King Institute of Preventive Medicine Micro-Biological Section reports 1909-11
Year: 1909
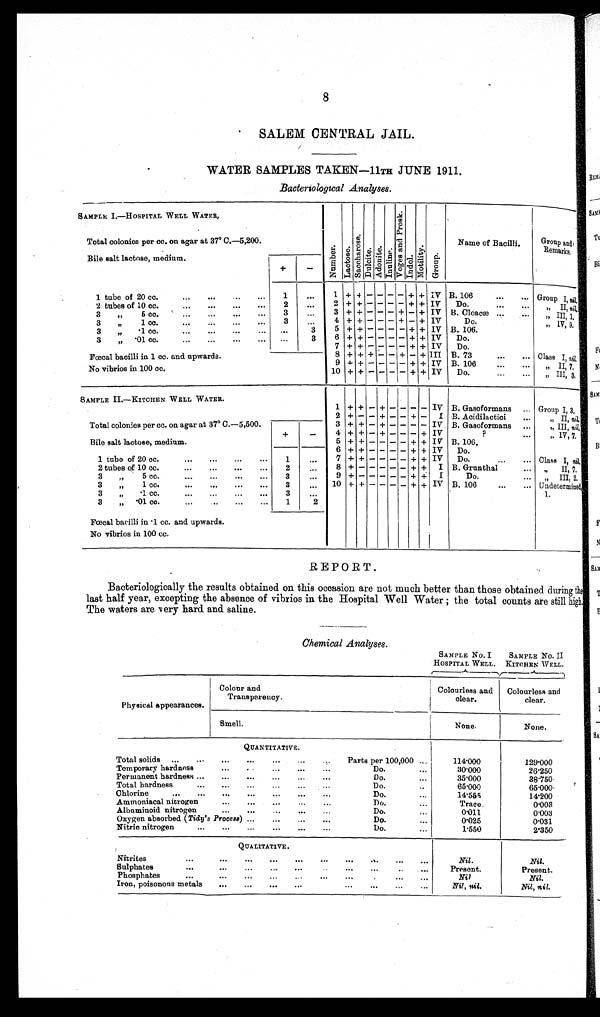
8
SALEM CENTRAL JAIL.
WATER SAMPLES TAKEN-11TH JUNE 1911.
Bacteriological Analyses.
SAMPLE I.—HOSPITAL WELL WATER,
Nu mb e r .
L a c t o s e .
S a c c h a r o s e .
Dul ci t e. Ad o n i t e . I n u l i n e .
V o g e s a n d P r o .
I ndol .
Mo t i l i t y . Gr oup.
Name of Bacilli.
Group and
Remarks.
Total colonies per cc. on agar at .7° C.—5,200.
Bile salt lactose, medium.
+
-
1 tube of 20 cc.
1
. . .
1 + + - - - - + + IV B. 106 Group I,n i l .
2 tubes of 10 cc.
2
. . .
2 + + - - - - + + IV Do. „ II, n i l .
3 „ 5 cc.
3
. . .
3 + + - - - + - + IV B . C l o a c æ
„ III, 1,
3 „ 1 c c
3
. . .
4 + + - - - + - + IV
D o .
„
I V, 9
.
3 „ .1 cc
. . .
3
5 + - - - - - - + IV B . 1 0 6 .
3 „ .01 cc.
. . .
3
6 + - - - - - -
+
IV D o .
Fœcal bacilli in 1 cc. and upwards.
7 + + - - - - + + IV D o .
8 + + + - - + - + III B. 7
Class I, nil.
9 + + - - - - + + IV B. 106
„ I I , 7 .
No vibrios in 100 cc.
10 + + - - - - + + IV Do.
„ I I I , 3 .
SAMPLE I I . —KI TCHEN WELL WATER.
1 + + - + - - - - IV B. Gasoformans Group I, 3.
2 + - - + - - + - IV B, Acidilactici
„.II, nil.
Total colonies per cc. on agar at .7° C.—5,500.
3 + + - + - - - - IV B. Gasoformans
„ III, nil.
4 + + - + - - - + IV
?
„ 1V, 7
Bile salt lactose, medium.
+
-
5 + + - - - - + + IV B . 1 0 6 .
1 tube of 20 cc.
1
. . .
6 + + - - - - + + IV D o .
7 + + - - - - + + IV Do. Class I, nil.
2 tubes of 10 cc.
2
. . . 8
+ -
- - - - + + IV B. Grunthal
„ II, 7.
3 „ 5 cc.
3 .
. . .
9
+ -
- - - - + + IV
Do.
„ I I I , 2
.
3 „ 1 c c .
3
. . .
10 + - - - - - + + IV B. 106
Undetermine
d 1.
3 „ .1 cc.
3
. . .
3 „ . 0 1 c c .
1
2
Fœcal bacilli in .1 cc. and upwards.
No vibrios in 100 cc.
REPORT
.
Ba c t e r i ol ogi c a l l y t he . r e s ul t s obt a i ne d on t hi s oc c a s i on a r e not muc h be t t e r t ha n t hos e obt a i ne d dur i ng
t h e l a s t h a l f y e a r , e x c e p t i n g t h e a b s e n c e o f v i b r i o s i n t h e H o s p i t a l W e l l W a t e r t h e t o t a l c o u n t s a r e s t i l l h i g h
The waters are very hard and saline.
Chemical Analyses.
SAMPLE NO
. I H O S P I T A L W E L L .
SAMPLE No. I
I KITCHEN WELL.
Physical appearances.
Colour and
Transparency
Colourless and
clear.
Colourless and
clear.
S m e l l .
None.
None.
QUANTITATIVE
.
Total solids
Parts per 100,000
114.000
129.000
Temporary hardness..
Do.
0. 000
26.250
Permanent hardness
Do.
5.000
8.750
Total hardness
Do
65. 000
65.000
Chlorine
Do.
14.555
14.200
Ammoniacal nitrogen
Do.
Trace.
0.003
Albuminoid nitrogen
Do.
0. 011
0.003
Oxygen absorbed ( Tidy's Process)
Do.
0.025
0.031
Nitric nitrogen
Do.
1.550
2.350
QUALITATIVE
.
Nitrites
Nil.
N i l .
Sulphates
Present.
Present.
Phosphates.
Nil
N i l .
Iron, poisonous metals
Nil, nil.
Nil, nil .